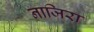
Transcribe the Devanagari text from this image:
नाजिरा